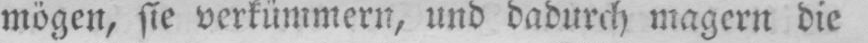
mögen, sie verkümmern, und dadurch magern die